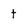
Character: t